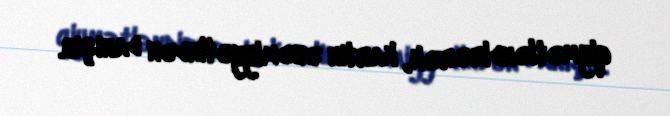
qiymətləndirərək, kartın əhəmiyyətindən danışıb.